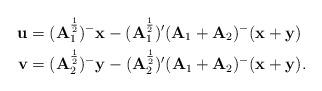
LaTeX: \begin{align*}{\bf u} &= ({\bf A}_1^\frac{1}{2})^{-}{\bf x} - ({\bf A}_1^\frac{1}{2})'({\bf A}_1+ {\bf A}_2)^{-}({\bf x} + {\bf y})\\{\bf v} &= ({\bf A}_2^\frac{1}{2})^{-}{\bf y} - ({\bf A}_2^\frac{1}{2})'({\bf A}_1+ {\bf A}_2)^{-}({\bf x} + {\bf y}).\end{align*}